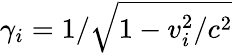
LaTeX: \gamma_{i}=1/\sqrt{1-v_{i}^{2}/c^{2}}